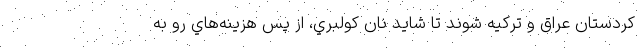
كردستان عراق و تركيه شوند تا شايد نان كولبري، از پس هزينه‌هاي رو به